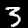
Label: 3